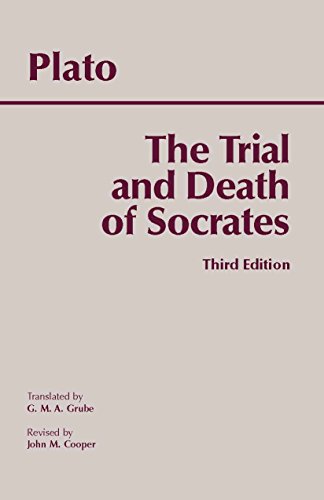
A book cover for The Trial and Death of Socrates; Plato; Politics & Social Sciences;